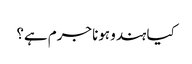
کیا ہندو ہونا جرم ہے؟